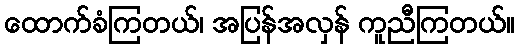
ထောက်ခံကြတယ်၊ အပြန်အလှန် ကူညီကြတယ်။